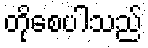
တိုစေပါသည်